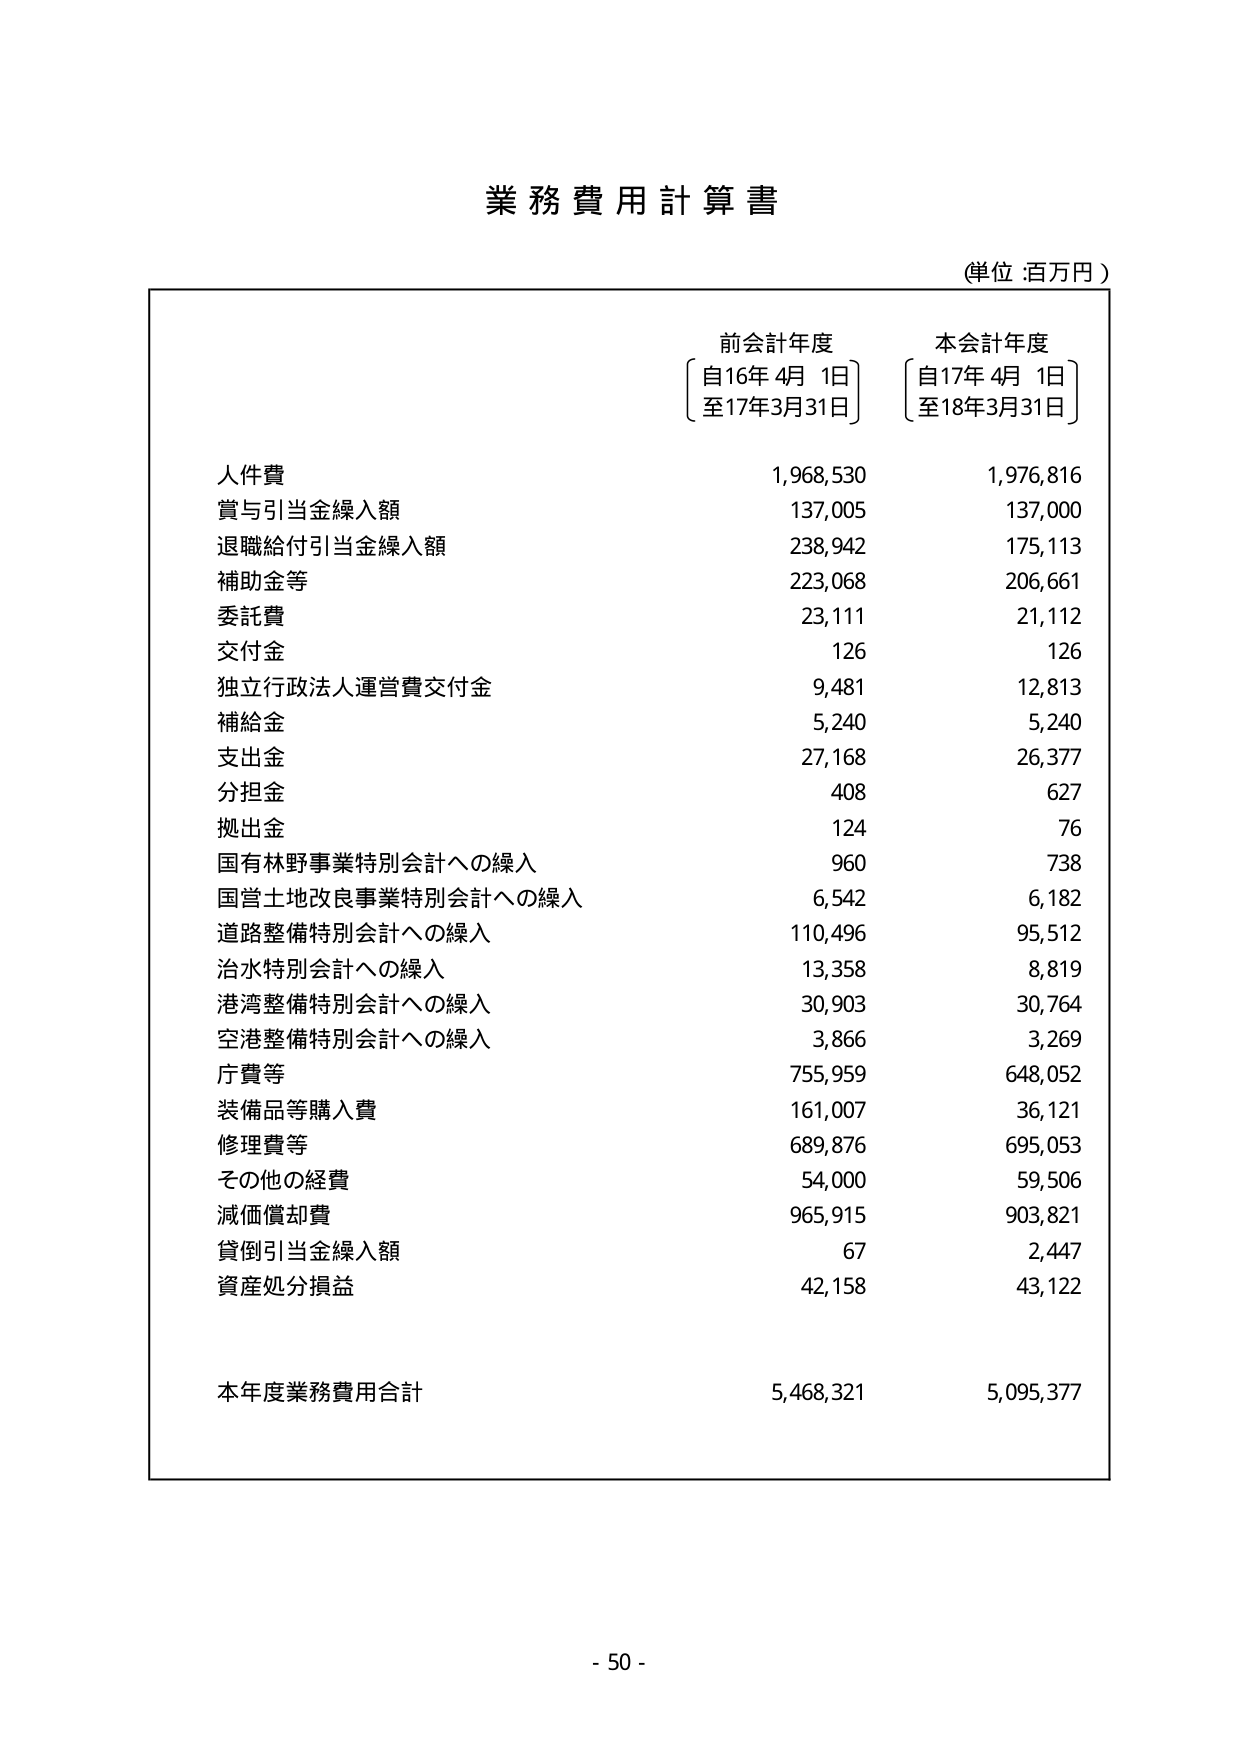
業務費用計算書

(単位:百万円)

前会計年度
〔自16年4月1日〕
〔至17年3月31日〕

本会計年度
〔自17年4月1日〕
〔至18年3月31日〕

人件費
1,968,530
1,976,816

賞与引当金繰入額
137,005
137,000

退職給付引当金繰入額
238,942
175,113

補助金等
223,068
206,661

委託費
23,111
21,112

交付金
126
126

独立行政法人運営費交付金
9,481
12,813

補給金
5,240
5,240

支出金
27,168
26,377

分担金
408
627

拠出金
124
76

国有林野事業特別会計への繰入
960
738

国営土地改良事業特別会計への繰入
6,542
6,182

道路整備特別会計への繰入
110,496
95,512

治水特別会計への繰入
13,358
8,819

港湾整備特別会計への繰入
30,903
30,764

空港整備特別会計への繰入
3,866
3,269

庁費等
755,959
648,052

装備品等購入費
161,007
36,121

修理費等
689,876
695,053

その他の経費
54,000
59,506

減価償却費
965,915
903,821

貸倒引当金繰入額
67
2,447

資産処分損益
42,158
43,122

本年度業務費用合計
5,468,321
5,095,377

- 50 -